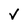
Character: V